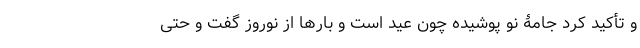
و تأکید کرد جامۀ نو پوشیده چون عید است و بارها از نوروز گفت و حتی